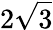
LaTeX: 2\sqrt{3}